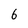
Character: 6